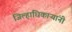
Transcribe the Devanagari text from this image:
जिल्हाधिकाऱ्यांनी